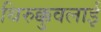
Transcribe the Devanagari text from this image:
थिरुक्कुवलाई